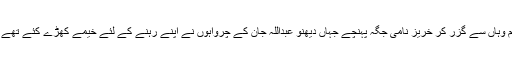
ہم وہاں سے گزر کر خریز نامی جگہ پہنچے جہاں دیھنو عبداللہ جان کے چرواہوں نے اپنے رہنے کے لئے خیمے کھڑے کئے تھے ۔